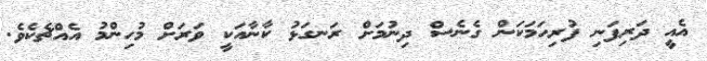
އެއީ ދަރިފަނި ފުރިހަމަކަން ގެނެސް ދިނުމަށް ރަނގަޅު ކާނާއަކީ ވަރަށް މުހިންމު އެއްޗެކެވެ.